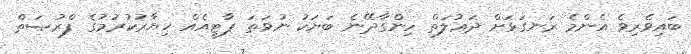
ބައިވެރިވެ އެންމެ ރަނގަޅަށް ދަޢުލަތް ހިންގާދޭނެ ބަޔަކު ނުވަތަ ޕާޓީއެއް ޚިޔާރުކުރުމުގެ ފްރުޞަތް